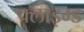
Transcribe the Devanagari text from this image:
क्लाइम्ड